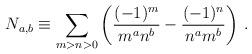
LaTeX: \begin{align*}N_{a,b}\equiv\sum_{m>n>0}\left(\frac{(-1)^m}{m^a n^b}-\frac{(-1)^n}{n^a m^b}\right)\,.\end{align*}